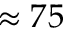
\approx 7 5